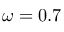
\omega = 0 . 7